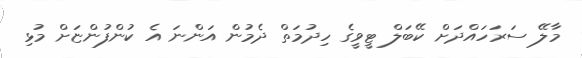
މާލޭ ސަރަހައްދަށް ކޭބަލް ޓީވީގެ ހިދުމަތް ދެމުން އަންނަ އެ ކުންފުންޏަށް މުޅި